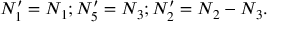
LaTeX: N _ { 1 } ^ { \prime } = N _ { 1 } ; N _ { 5 } ^ { \prime } = N _ { 3 } ; N _ { 2 } ^ { \prime } = N _ { 2 } - N _ { 3 } .